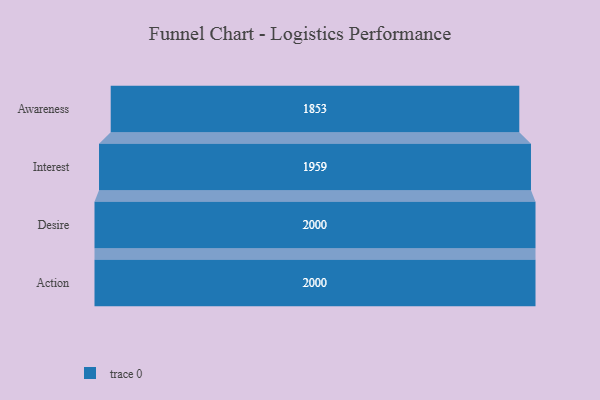
{"axis": {"x": "Stage", "y": "Value"}, "legend": [""], "data": [{"x": "Awareness", "y": 1853.0, "type": ""}, {"x": "Interest", "y": 1959.0, "type": ""}, {"x": "Desire", "y": 2000, "type": ""}, {"x": "Action", "y": 2000, "type": ""}]}